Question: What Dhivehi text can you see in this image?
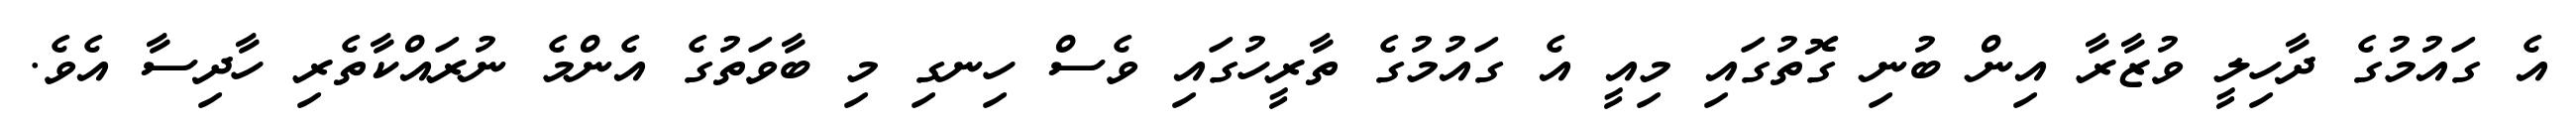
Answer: އެ ގައުމުގެ ދާހިލީ ވުޒާރާ އިން ބުނި ގޮތުގައި މިއީ އެ ގައުމުގެ ތާރީހުގައި ވެސް ހިނގި މި ބާވަތުގެ އެންމެ ނުރައްކާތެރި ހާދިސާ އެވެ.